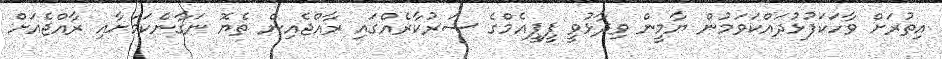
އިތުރަށް ވާހަކަފުޅުދައްކަވަމުން ޔާމީން ވިދާޅުވީ ޕީޕީއެމްގެ ސަރުކާރެއްގައި ރާއްޖެއިން ތެޔޮ ނަގާނެކަމަށާއި ރާއްޖެއަށް